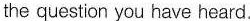
the question you have heard.